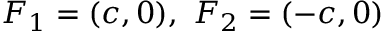
F _ { 1 } = ( c , 0 ) , \ F _ { 2 } = ( - c , 0 )